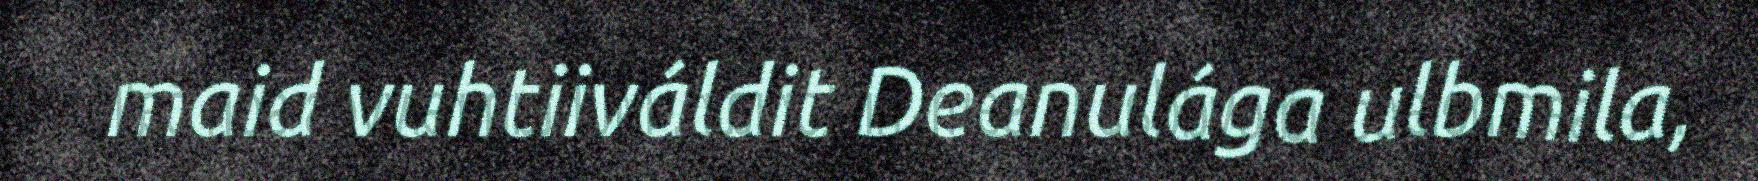
maid vuhtiiváldit Deanulága ulbmila,